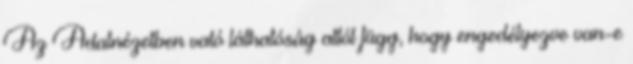
Az Adatnézetben való láthatóság attól függ, hogy engedélyezve van-e